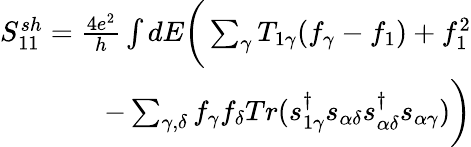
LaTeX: \begin{array}{r}{{S_{11}^{sh}=\frac{4e^{2}}{h}\int dE\bigg(\sum_{\gamma}T_{1\gamma}(f_{\gamma}-f_{1})+f_{1}^{2}}}\\ {{-\sum_{\gamma,\delta}f_{\gamma}f_{\delta}Tr(s_{1\gamma}^{\dagger}s_{\alpha\delta}s_{\alpha\delta}^{\dagger}s_{\alpha\gamma})\bigg)}}\end{array}